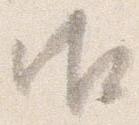
御